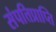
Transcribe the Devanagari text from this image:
संपत्तिप्राप्ति